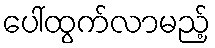
ပေါ်ထွက်လာမည့်